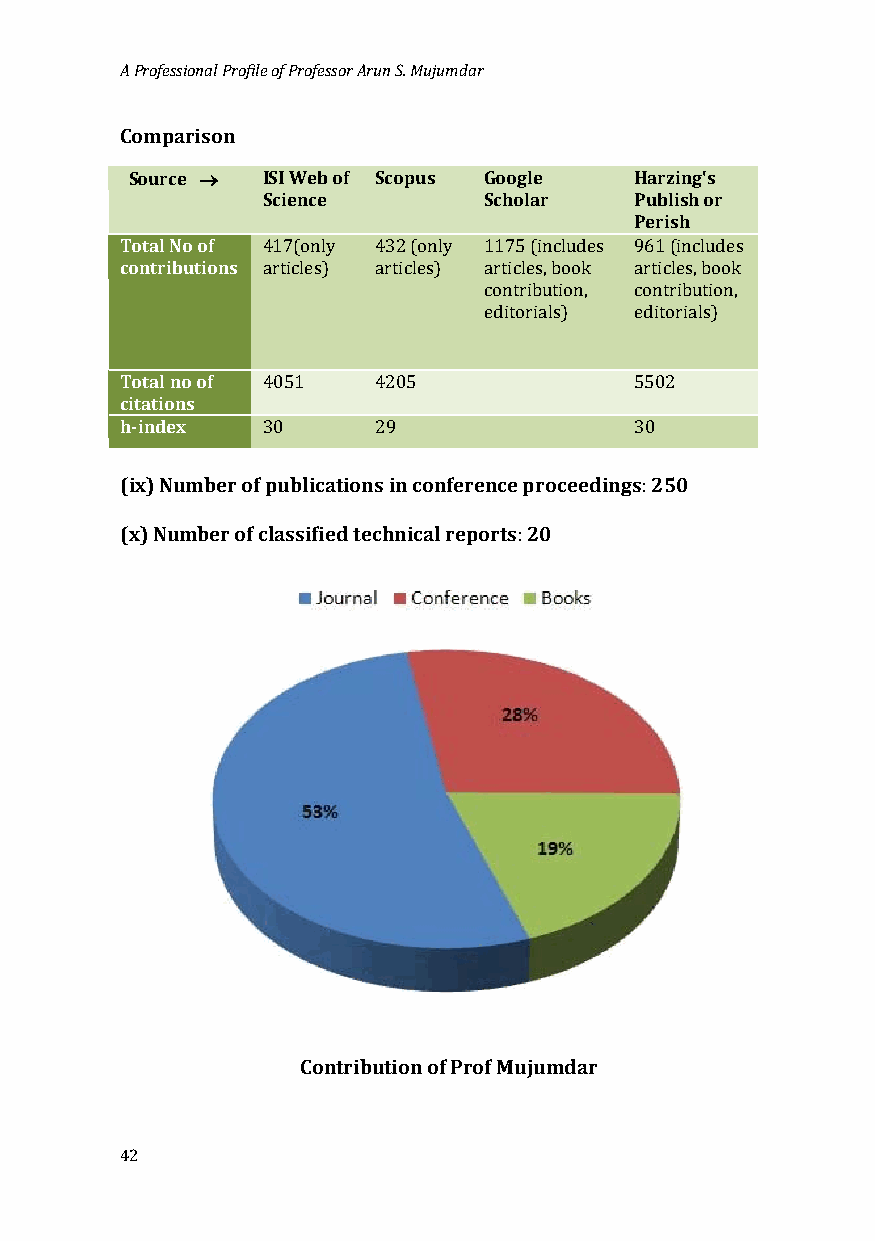
A Professional Profile of Professor Arun S. Mujumdar
 Comparison
 Source → ISI Web of Scopus Google Harzing's
 Science        Scholar   Publish or
 Perish
 Total No of
 contributions
 417(only 432 (only 1175 (includes 961 (includes
 articles) articles) articles, book articles, book
 contribution, contribution,
 editorials) editorials)
 Total no of
 citations
 h-index  4051    4205             5502
 30      29               30
 (ix) Number of publications in conference proceedings 250
 (x) Number of classified technical reports 20 :
 :
 Contribution of Prof Mujumdar
 42